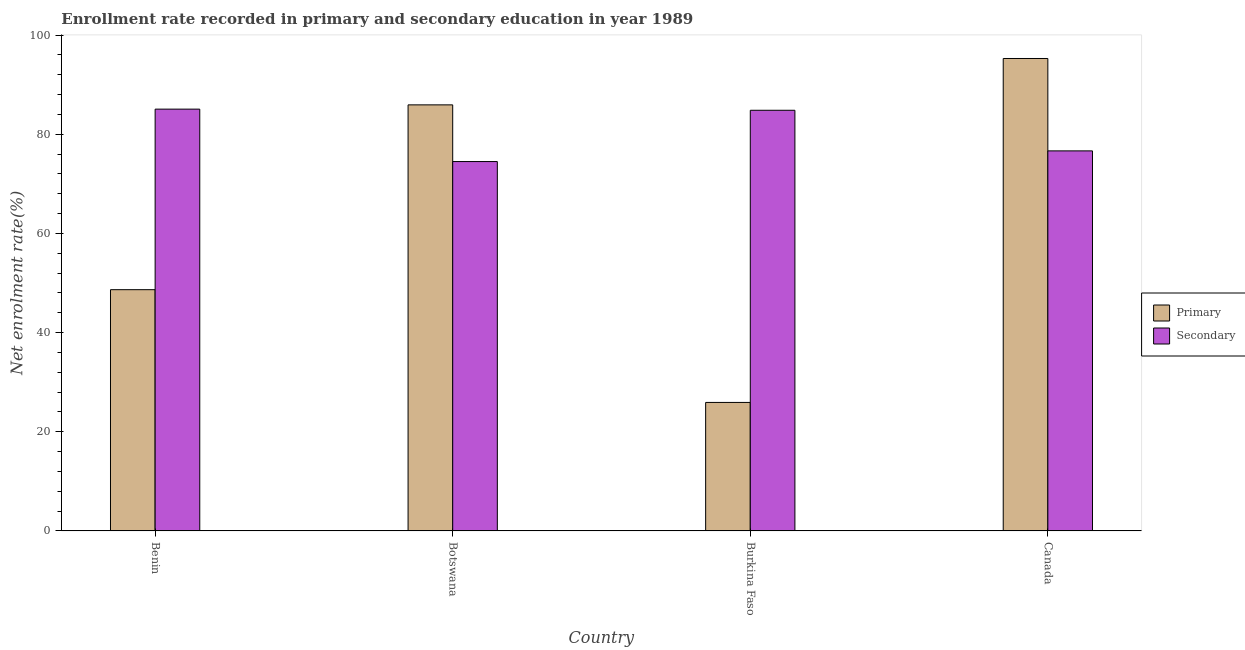
| Country | Primary | Secondary |
 | --- | --- | --- |
 | Benin | 48.7 | 85.1 |
 | Botswana | 85.9 | 74.5 |
 | Burkina Faso | 25.9 | 84.8 |
 | Canada | 95.3 | 76.6 |